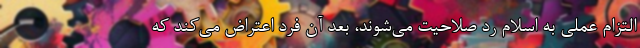
التزام عملی به اسلام رد صلاحیت می‌شوند، بعد آن فرد اعتراض می‌کند که